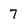
Character: 7